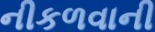
નીકળવાની